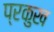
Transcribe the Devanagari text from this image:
प्रकुख